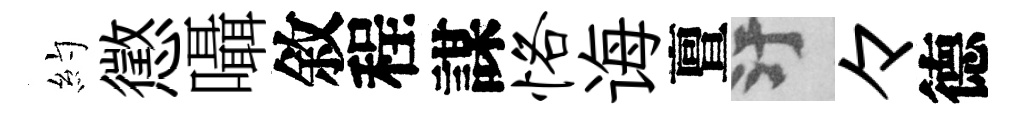
約懲囁敘程謀恪诲亶污々德